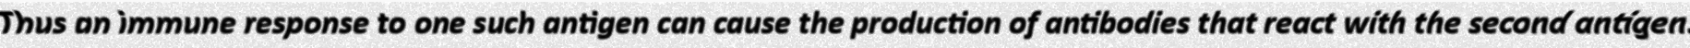
Thus an immune response to one such antigen can cause the production of antibodies that react with the second antigen.